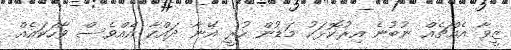
ޒީވާ އެއްޗެއް ނުބުނެ އިރުކޮޅަކު މަޑުން ހުރީ އޭނާ ދައްކާ އެއްވެސް ވާހަކައެއް